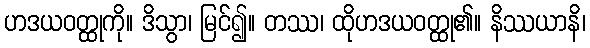
ဟဒယဝတ္ထုကို။ ဒိသွာ၊ မြင်၍။ တဿ၊ ထိုဟဒယဝတ္ထု၏။ နိဿယာနိ၊